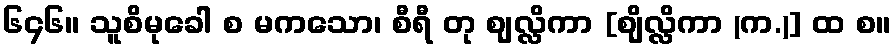
၆၄၆။ သူစိမုခေါ စ မကသော၊ စီရီ တု ဈလ္လိကာ [ဈိလ္လိကာ (က.)] ထ စ။